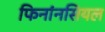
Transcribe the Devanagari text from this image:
फिनांनसियल